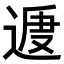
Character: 𨔕